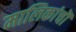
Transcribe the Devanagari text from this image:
मालिकांचॊ